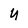
Character: 4